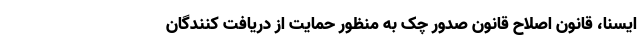
ایسنا، قانون اصلاح قانون صدور چک به منظور حمایت از دریافت کنندگان